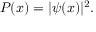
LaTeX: P ( x ) = | \psi ( x ) | ^ { 2 } .